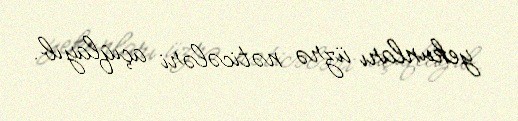
yekunları üzrə nəticələri açıqlayıb.